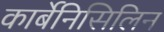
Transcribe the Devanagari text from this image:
कार्बेनिसिलिन